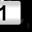
Digit: 1